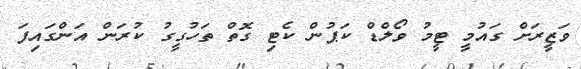
ވަޒީރަށް ގައުމީ ޓީމު ވޯލްޑް ކަޕުން ކެޓި ގޮތް ތަހުގީގު ކުރަން އަންގައިފަ